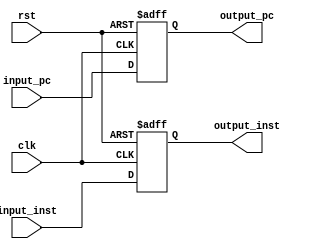
//write a register to implement the IF_ID pipeline register
`timescale 1ns / 1ps

module IF_ID(
    input wire clk,
    input wire rst,
    input wire [31:0] input_pc,
    input wire [31:0] input_inst,

    output wire [31:0] output_pc,
    output wire [31:0] output_inst
    );

reg [31:0] temp_pc;
reg [31:0] temp_inst;

assign output_pc = temp_pc;
assign output_inst = temp_inst;

always @(posedge clk or posedge rst) begin
    if(rst)begin
        temp_pc <= 32'b0;
        temp_inst <= 32'b0;
    end
    else begin
        temp_pc <= input_pc;
        temp_inst <= input_inst;
    end
end

endmodule